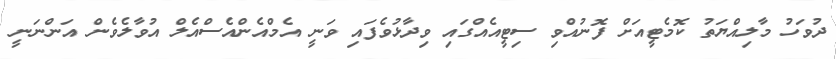
ދުވަހު މާލިއްޔަތު ކޮމެޓީއަށް ފޮނުއްވި ސިޓީއެއްގައި ވިދާޅުވެފައި ވަނީ އެމްއެންއެސްއެލް އުވާލެވެން އަންނަނީ